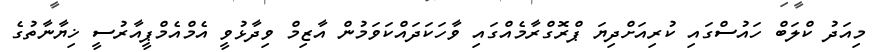
މިއަދު ކްލަބް ހައުސްގައި ކުރިއަށްދިޔަ ޕްރޮގްރާމެއްގައި ވާހަކަދައްކަވަމުން އާޒިމް ވިދާޅުވީ އެމްއެމްޕީއާރުސީ ޚިޔާނާތުގެ